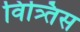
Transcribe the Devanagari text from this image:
वित्र्तिस